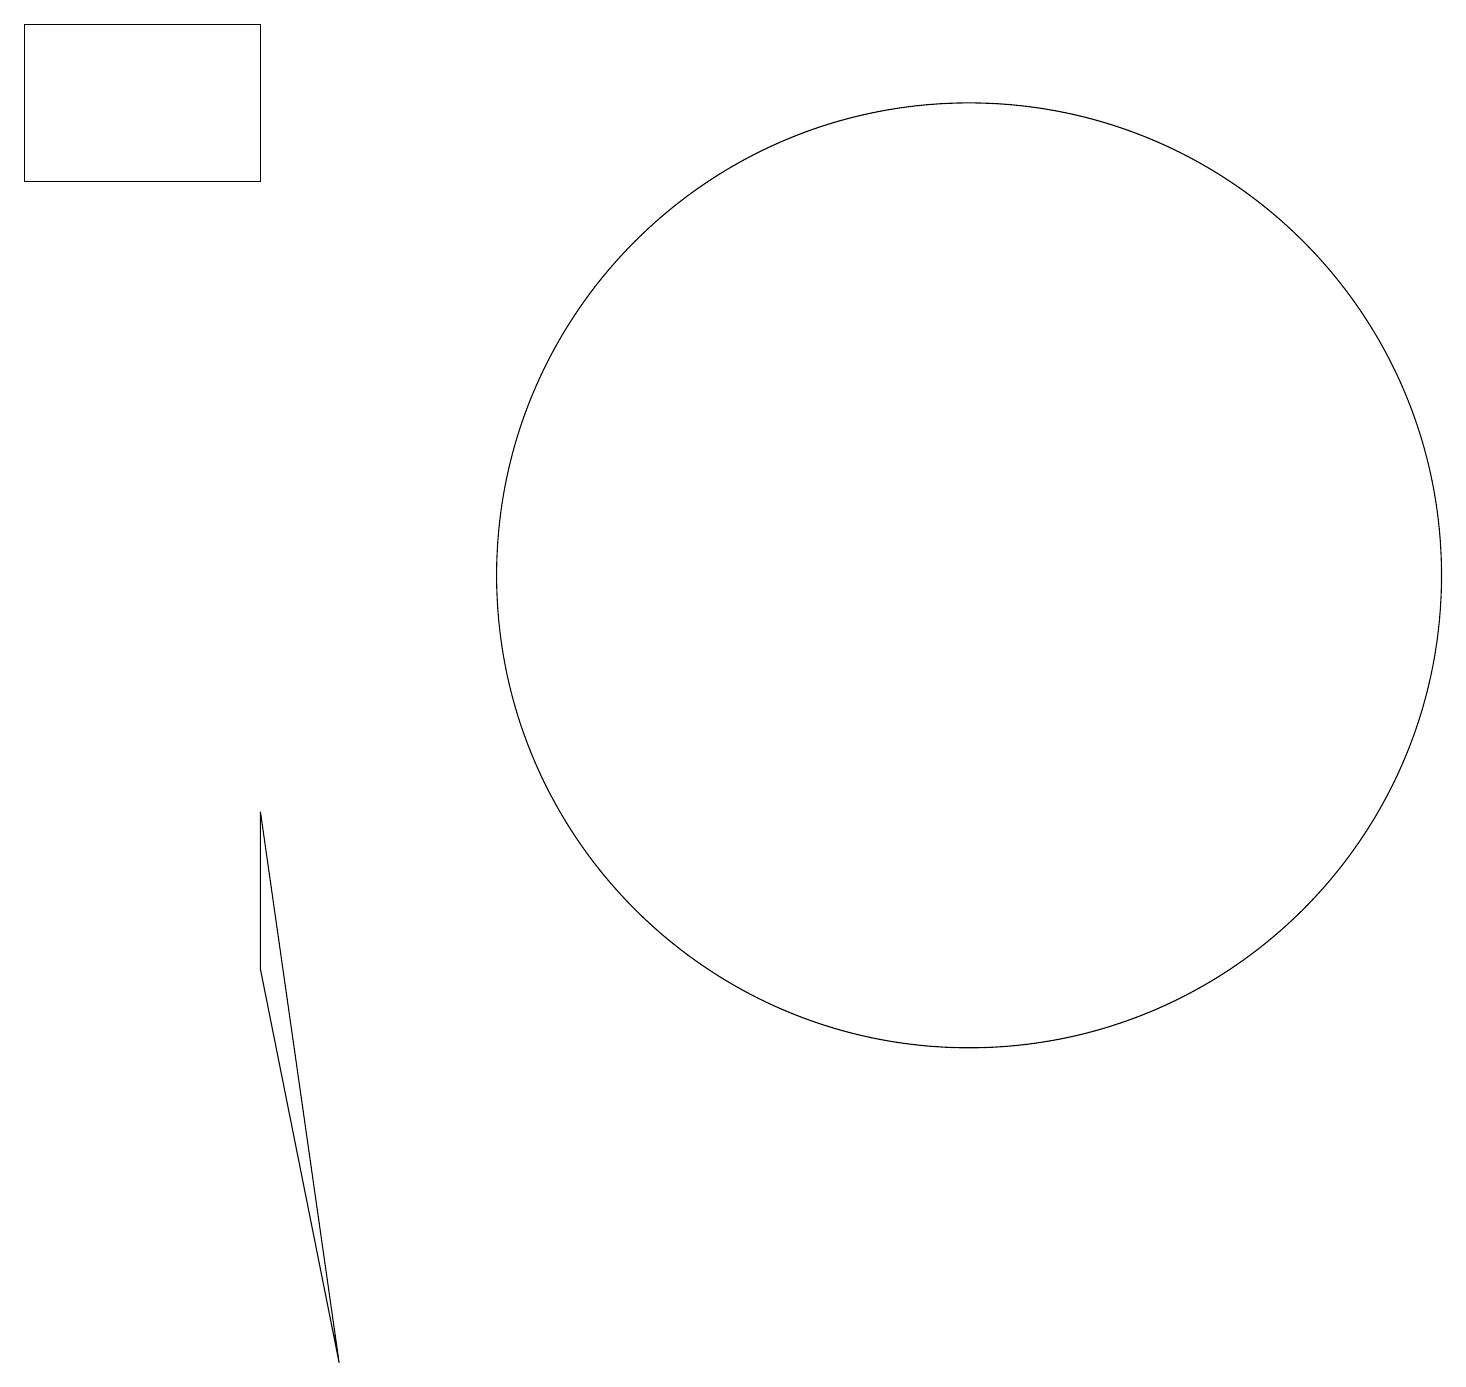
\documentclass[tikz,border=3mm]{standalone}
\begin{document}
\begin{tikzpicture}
\draw (3,5) -- (3,7) -- (4,0) -- cycle;
\draw (12,10) circle (6);
\draw (3,17) rectangle (0,15);
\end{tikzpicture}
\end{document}